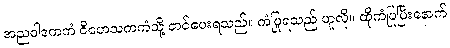
အညဝါဒကကံ ဝိဟေသကကံသို့ တင်ပေးရသည်။ ကံပြုရသည် ဟူလို။ ထိုကံပြုပြီးနောက်